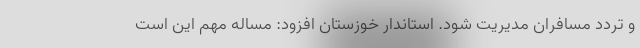
و تردد مسافران مدیریت شود. استاندار خوزستان افزود: مساله مهم این است